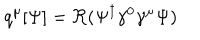
q ^ { \mu } [ \Psi ] = \Re ( \Psi ^ { \dagger } \gamma ^ { 0 } \gamma ^ { \mu } \Psi )